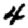
Digit: 4